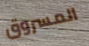
المسروق